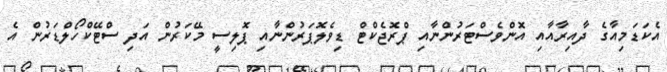
އެކަޑަމިއާގެ ދާއިރާއާއި އޮންވެސްޓަރުންނާއި ޕްރޮޖެކްޓް ޑިވެލޮޕަރުންނާއި ޕޮލިސީ މޭކަރުން އަދި ސްޓޭކްހޯލްޑަރުން އެ